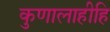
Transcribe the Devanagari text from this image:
कुणालाहीहि